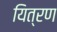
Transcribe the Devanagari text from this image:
यित्रण